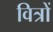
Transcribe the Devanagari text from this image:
वित्रों